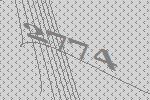
2774